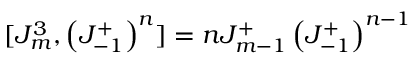
[ J _ { m } ^ { 3 } , \left( J _ { - 1 } ^ { + } \right) ^ { n } ] = n J _ { m - 1 } ^ { + } \left( J _ { - 1 } ^ { + } \right) ^ { n - 1 }